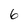
Character: 6